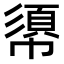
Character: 𢄼